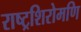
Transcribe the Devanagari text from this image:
राष्ट्रशिरोमणि